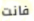
فانت